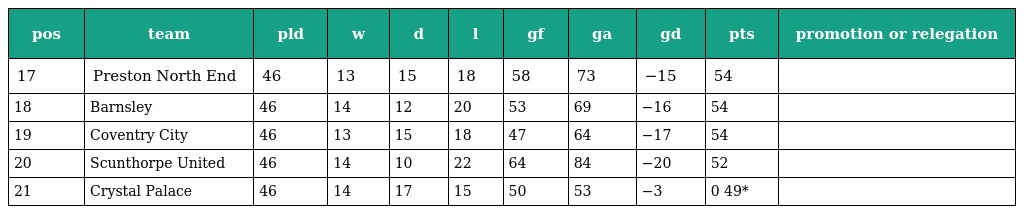
| pos | team | pld | w | d | l | gf | ga | gd | pts | promotion or relegation |
 | --- | --- | --- | --- | --- | --- | --- | --- | --- | --- | --- |
 | 17 | Preston North End | 46 | 13 | 15 | 18 | 58 | 73 | −15 | 54 |  |
 | 18 | Barnsley | 46 | 14 | 12 | 20 | 53 | 69 | −16 | 54 |  |
 | 19 | Coventry City | 46 | 13 | 15 | 18 | 47 | 64 | −17 | 54 |  |
 | 20 | Scunthorpe United | 46 | 14 | 10 | 22 | 64 | 84 | −20 | 52 |  |
 | 21 | Crystal Palace | 46 | 14 | 17 | 15 | 50 | 53 | −3 | 0 49* |  |